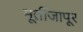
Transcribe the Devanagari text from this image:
मूर्तीजापूर